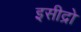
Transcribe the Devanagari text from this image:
इसीद्रो